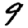
Digit: 9